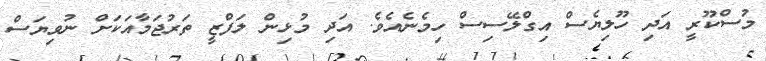
މުސްކޫރީ އަދި ހޫލިޔެސް އިގްލޭސިސް ހިމެނެއެވެ. އަދި މުޅިން ލަފްޒީ ތަރުޖަމާއަކަށް ނުވިޔަސް